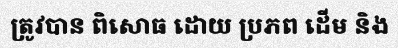
ត្រូវបាន ពិសោធ ដោយ ប្រភព ដើម និង